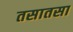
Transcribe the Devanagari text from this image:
तसातसा